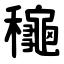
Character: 龝